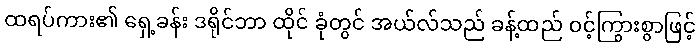
ထရပ်ကား၏ ရှေ့ခန်း ဒရိုင်ဘာ ထိုင် ခုံတွင် အယ်လ်သည် ခန့်ထည် ဝင့်ကြွားစွာဖြင့်